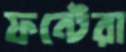
ফন্টেরা